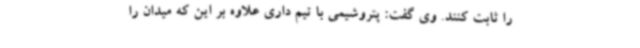
را ثابت کنند. وی گفت: پتروشیمی با تیم داری علاوه بر این که میدان را